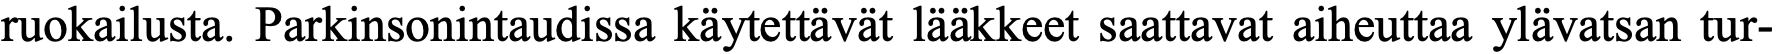
ruokailusta. Parkinsonintaudissa käytettävät lääkkeet saattavat aiheuttaa ylävatsan tur-